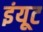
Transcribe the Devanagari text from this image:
इंयूट